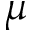
\mu